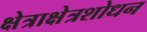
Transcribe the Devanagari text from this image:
क्षेत्राक्षेत्रशोधन